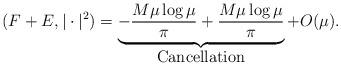
LaTeX: \begin{align*}(F+E,|\cdot|^2)=\underbrace{-\frac{M\mu\log\mu}{\pi}+\frac{M\mu\log\mu}{\pi}}_{\mbox{ Cancellation }}+O(\mu).\end{align*}